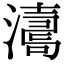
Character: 𤁟